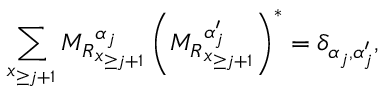
\sum _ { \boldsymbol { x } _ { \ge j + 1 } } { M _ { R } } _ { \boldsymbol x _ { \ge j + 1 } } ^ { \alpha _ { j } } \left( { M _ { R } } _ { \boldsymbol x _ { \ge j + 1 } } ^ { \alpha _ { j } ^ { \prime } } \right) ^ { * } = \delta _ { \alpha _ { j } , \alpha _ { j } ^ { \prime } } ,